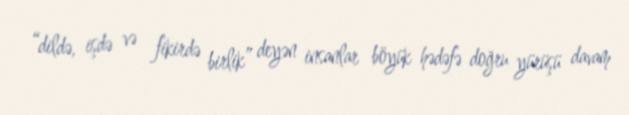
“dildə, işdə və fikirdə birlik” deyən insanlar böyük hədəfə doğru yürüşü davam